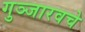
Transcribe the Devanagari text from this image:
गुञ्जारवचे